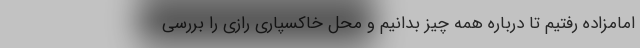
امامزاده رفتیم تا درباره همه چیز بدانیم و محل خاکسپاری رازی را بررسی